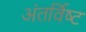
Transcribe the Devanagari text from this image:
अंतर्विष्‍ट